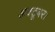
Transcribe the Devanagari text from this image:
अक्टूबर।